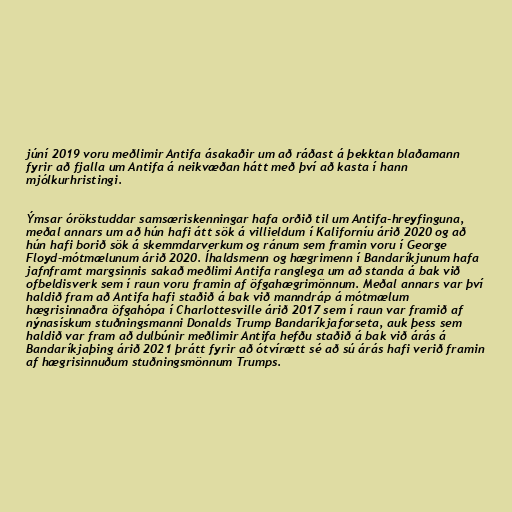
júní 2019 voru meðlimir Antifa ásakaðir um að ráðast á þekktan blaðamann
fyrir að fjalla um Antifa á neikvæðan hátt með því að kasta í hann
mjólkurhristingi.

Ýmsar órökstuddar samsæriskenningar hafa orðið til um Antifa-hreyfinguna,
meðal annars um að hún hafi átt sök á villieldum í Kaliforníu árið 2020 og að
hún hafi borið sök á skemmdarverkum og ránum sem framin voru í George
Floyd-mótmælunum árið 2020. Íhaldsmenn og hægrimenn í Bandaríkjunum hafa
jafnframt margsinnis sakað meðlimi Antifa ranglega um að standa á bak við
ofbeldisverk sem í raun voru framin af öfgahægrimönnum. Meðal annars var því
haldið fram að Antifa hafi staðið á bak við manndráp á mótmælum
hægrisinnaðra öfgahópa í Charlottesville árið 2017 sem í raun var framið af
nýnasískum stuðningsmanni Donalds Trump Bandaríkjaforseta, auk þess sem
haldið var fram að dulbúnir meðlimir Antifa hefðu staðið á bak við árás á
Bandaríkjaþing árið 2021 þrátt fyrir að ótvírætt sé að sú árás hafi verið framin
af hægrisinnuðum stuðningsmönnum Trumps.